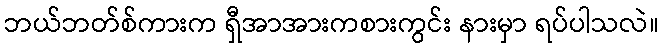
ဘယ်ဘတ်စ်ကားက ရှီအာအားကစားကွင်း နားမှာ ရပ်ပါသလဲ။